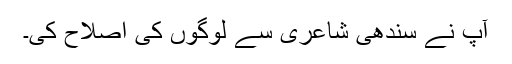
آپ نے سندھی شاعری سے لوگوں کی اصلاح کی۔